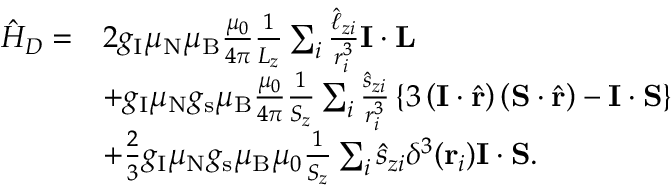
{ \begin{array} { r l } { { \hat { H } } _ { D } = } & { 2 g _ { \mathrm { I } } \mu _ { \mathrm { N } } \mu _ { \mathrm { B } } { \frac { \mu _ { 0 } } { 4 \pi } } { \frac { 1 } { L _ { z } } } \sum _ { i } { \frac { { \hat { \ell } } _ { z i } } { r _ { i } ^ { 3 } } } \mathbf { I } \cdot \mathbf { L } } \\ & { + g _ { \mathrm { I } } \mu _ { \mathrm { N } } g _ { \mathrm { s } } \mu _ { \mathrm { B } } { \frac { \mu _ { 0 } } { 4 \pi } } { \frac { 1 } { S _ { z } } } \sum _ { i } { \frac { { \hat { s } } _ { z i } } { r _ { i } ^ { 3 } } } \left\{ 3 \left( \mathbf { I } \cdot { \hat { \mathbf { r } } } \right) \left( \mathbf { S } \cdot { \hat { \mathbf { r } } } \right) - \mathbf { I } \cdot \mathbf { S } \right\} } \\ & { + { \frac { 2 } { 3 } } g _ { \mathrm { I } } \mu _ { \mathrm { N } } g _ { \mathrm { s } } \mu _ { \mathrm { B } } \mu _ { 0 } { \frac { 1 } { S _ { z } } } \sum _ { i } { \hat { s } } _ { z i } \delta ^ { 3 } { \left( \mathbf { r } _ { i } \right) } \mathbf { I } \cdot \mathbf { S } . } \end{array} }